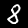
Digit: 8